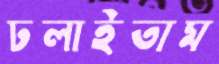
ঢলাইতাম